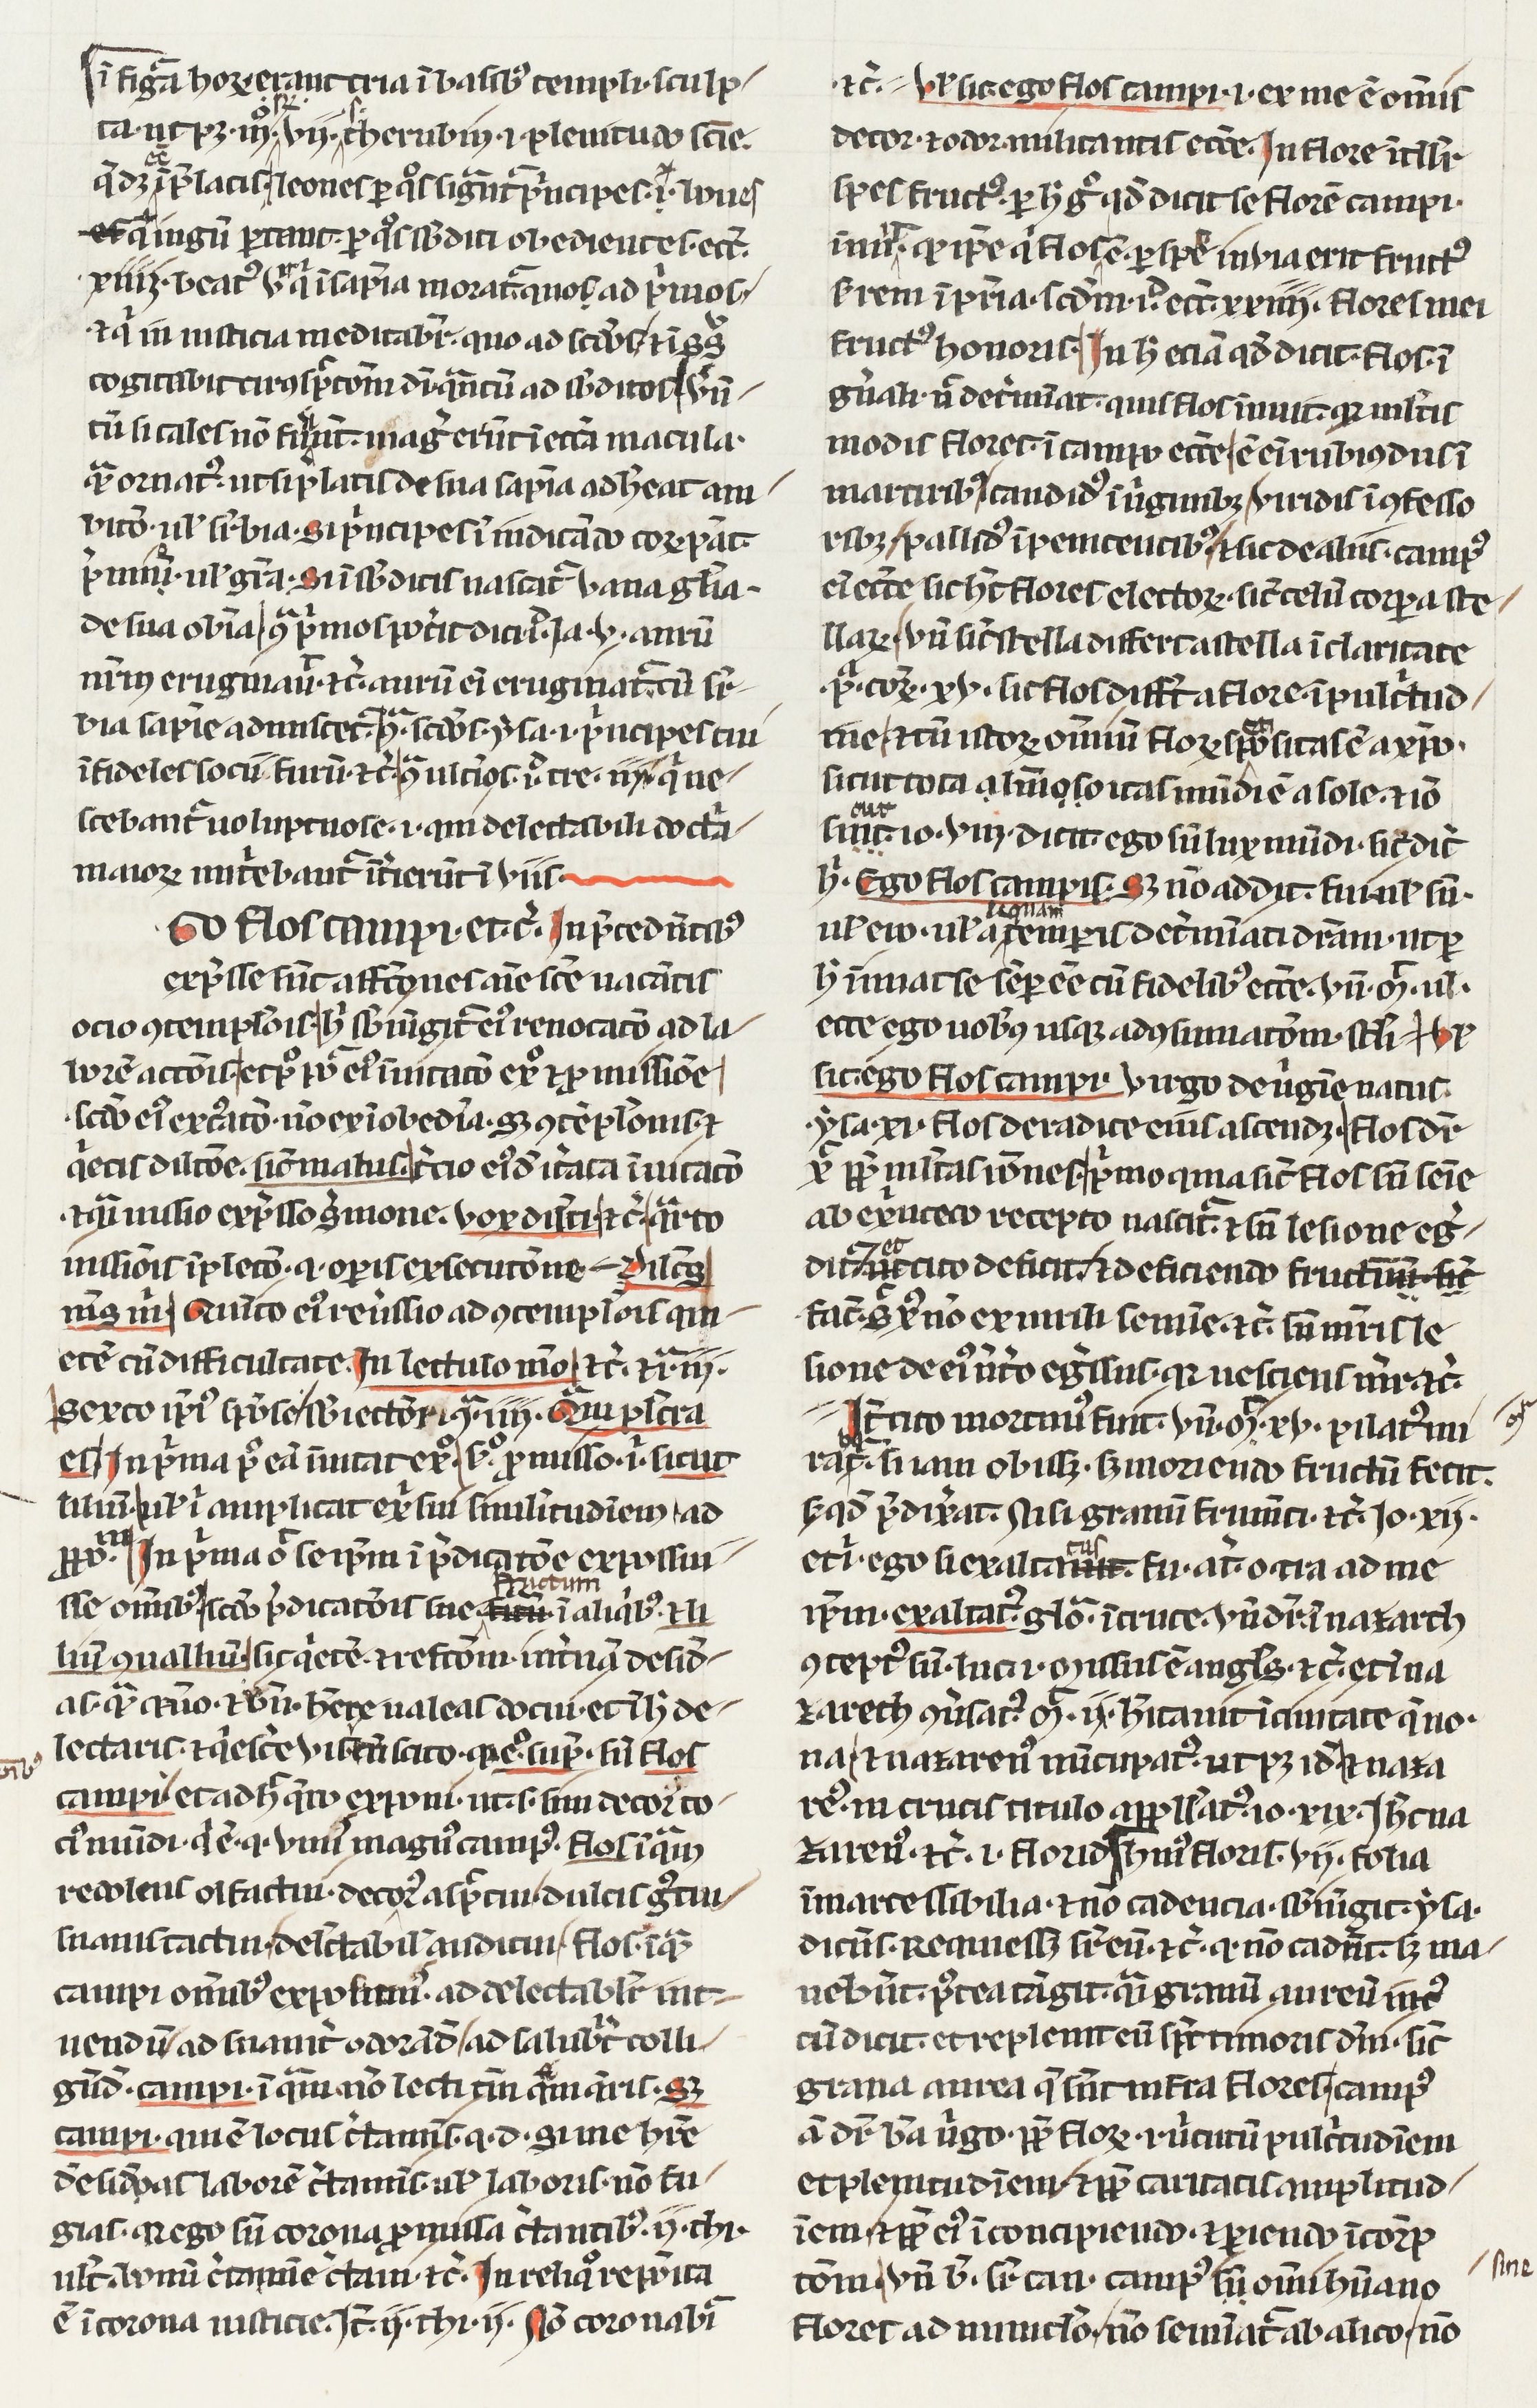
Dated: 1400–1430